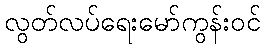
လွတ်လပ်ရေးမော်ကွန်းဝင်